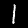
Digit: 1